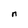
Character: n